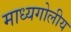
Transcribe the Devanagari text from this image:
माध्यगोलीय